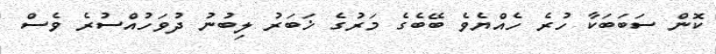
ކޮން ސަބަބަކާ ހުރެ ހެއްޔެވެ ބޭބެގެ މަރުގެ ޚަބަރު ލިބުނު ދުވަހުއްސުރެ ވެސް